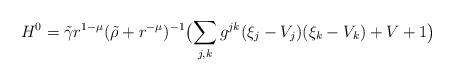
LaTeX: \begin{align*}H^0=\tilde{\gamma}r^{1-\mu }(\tilde{\rho}+ r^{-\mu })^{-1}\bigl( \sum_{j,k} g^{jk}(\xi_j-V_j)(\xi_k-V_k)+V+1\bigr)\end{align*}